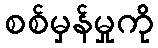
စစ်မှန်မှုကို